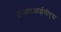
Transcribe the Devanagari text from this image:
टीआरआईपीएस